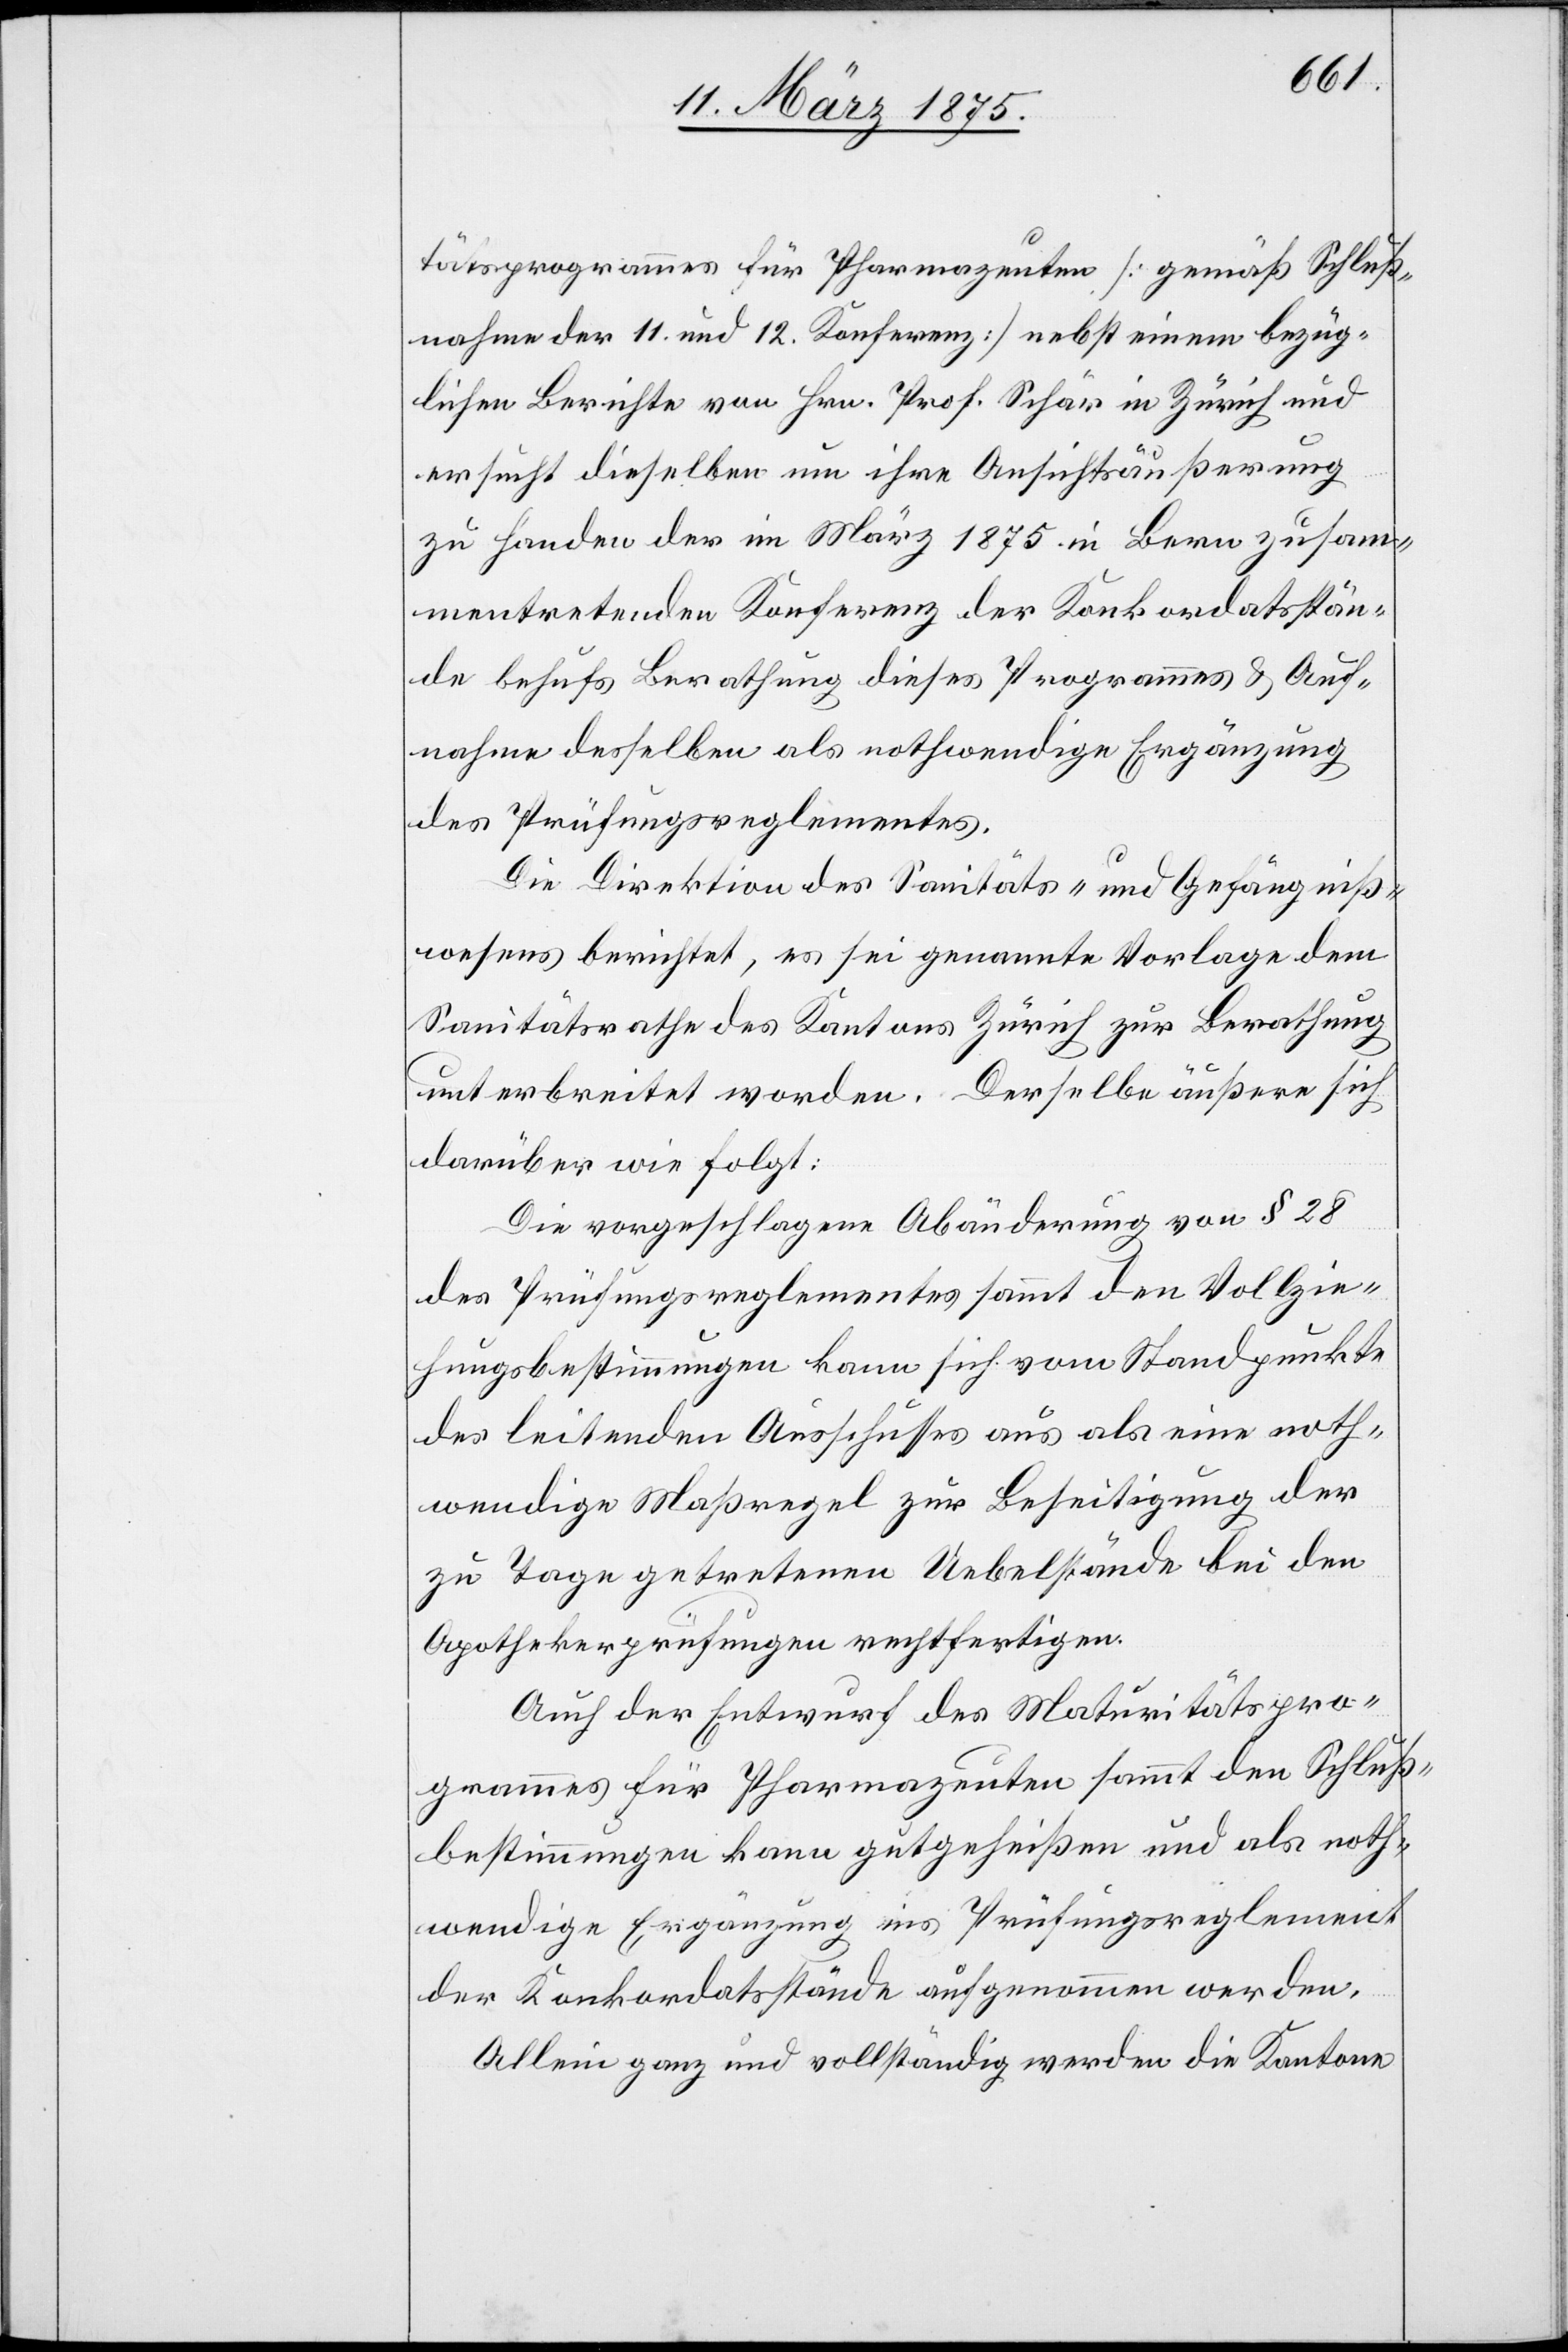
tätsprogrammes für Pharmazeuten [gemäß Schluß¬
nahme der 11. und 12. Konferenz] nebst einem bezüg¬
lichen Berichte von Hrn. Prof. Schär in Zürich und
ersucht dieselben um ihre Ansichtsäußerung
zu Handen der im März 1875 in Bern zusam¬
mentretenden Konferenz der Konkordatsstän¬
de behufs Berathung dieses Programmes & Auf¬
nahme desselben als nothwendige Ergänzung
des Prüfungsreglementes.
Die Direktion des Sanitäts- und Gefängniß¬
wesens berichtet, es sei genannte Vorlage dem
Sanitätsrathe des Kantons Zürich zur Berathung
unterbreitet worden. Derselbe äußert sich
darüber wie folgt:
Die vorgeschlagene Abänderung von § 28
des Prüfungsreglementes sammt den Vollzie¬
hungsbestimmungen kann sich vom Standpunkte
des leitenden Ausschusses aus als eine noth¬
wendige Maßregel zur Beseitigung der
zu Tage getretenen Uebelstände bei den
Apothekerprüfungen rechtfertigen.
Auch der Entwurf des Maturitätspro¬
grammes für Pharmazeuten sammt den Schluß¬
bestimmungen kann gutgeheißen und als noth¬
wendige Ergänzung ins Prüfungsreglement
der Konkordatsstände aufgenommen werden.
Allein ganz und vollständig werden die Kantone